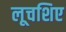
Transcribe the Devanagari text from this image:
लूचशिए